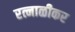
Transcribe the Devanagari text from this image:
रत्नाळीकर